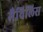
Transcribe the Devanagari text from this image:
मैचिलिस